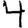
Digit: 4